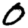
Digit: 0